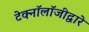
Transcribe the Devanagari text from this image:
टेक्‍नॉलॉजीद्वारे